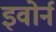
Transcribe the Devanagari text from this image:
इवोर्न